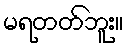
မရတတ်ဘူး။